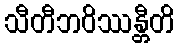
သီတီဘဝိဿန္တီတိ